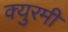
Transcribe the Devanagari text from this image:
क्युरमी